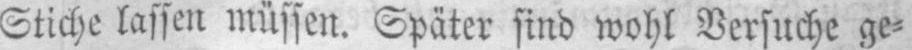
Stiche lassen müssen. Später sind wohl Versuche ge⸗